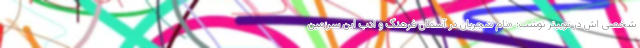
شخصی اش در توییتر نوشت: «نام شجریان در آسمان فرهنگ و ادب این سرزمین